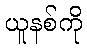
ယူနစ်ကို